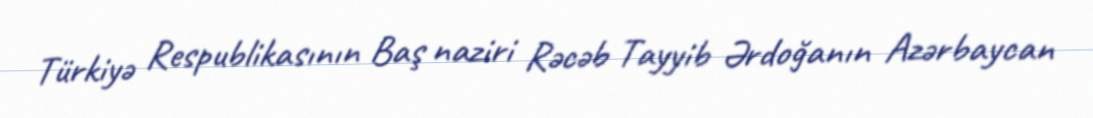
Türkiyə Respublikasının Baş naziri Rəcəb Tayyib Ərdoğanın Azərbaycan